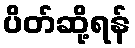
ပိတ်ဆို့ရန်